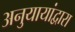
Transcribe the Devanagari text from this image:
अनुयायांद्वारा